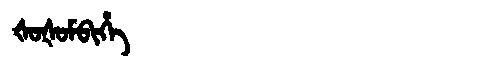
Manchu: ᡧᠣᡧᠣᠮᠪᡳᡥᡝ
Romanization: ŠOŠOMBIHE